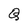
Character: Q